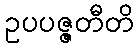
ဥပပဇ္ဇတီတိ